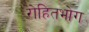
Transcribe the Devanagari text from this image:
रोहितभोग